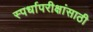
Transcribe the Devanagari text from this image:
स्पर्धापरीक्षांसाठी